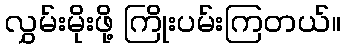
လွှမ်းမိုးဖို့ ကြိုးပမ်းကြတယ်။